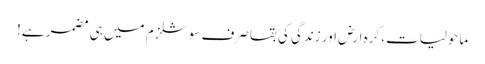
ماحولیات، کرہ ارض اور زندگی کی بقا صرف سوشلزم میں ہی مضمر ہے!